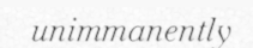
unimmanently